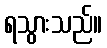
ရသွားသည်။